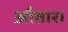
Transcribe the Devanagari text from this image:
औतार।